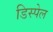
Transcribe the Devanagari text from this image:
डिस्पेल